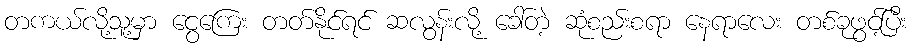
တကယ်လို့သူ့မှာ ငွေကြေး တတ်နိုင်ရင် ဆလွန်းလို့ ခေါ်တဲ့ ဆုံစည်းစရာ နေရာလေး တစ်ခုဖွင့်ပြီး